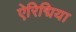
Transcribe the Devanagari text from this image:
ऐरिद्मिया